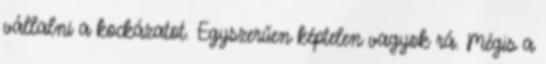
vállalni a kockázatot. Egyszerűen képtelen vagyok rá. Mégis a